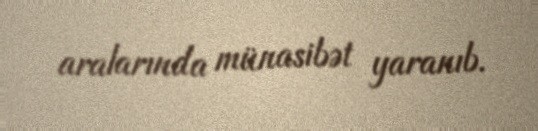
aralarında münasibət yaranıb.